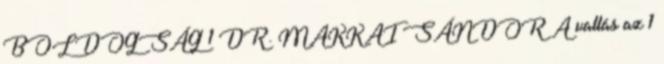
BOLDOGSÁG 1 DR. MAKKAI SÁNDOR A vallás az 1